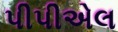
પીપીએલ